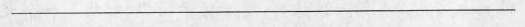
___